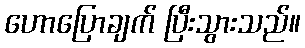
ဟောပြောချက် ပြီးသွားသည်။